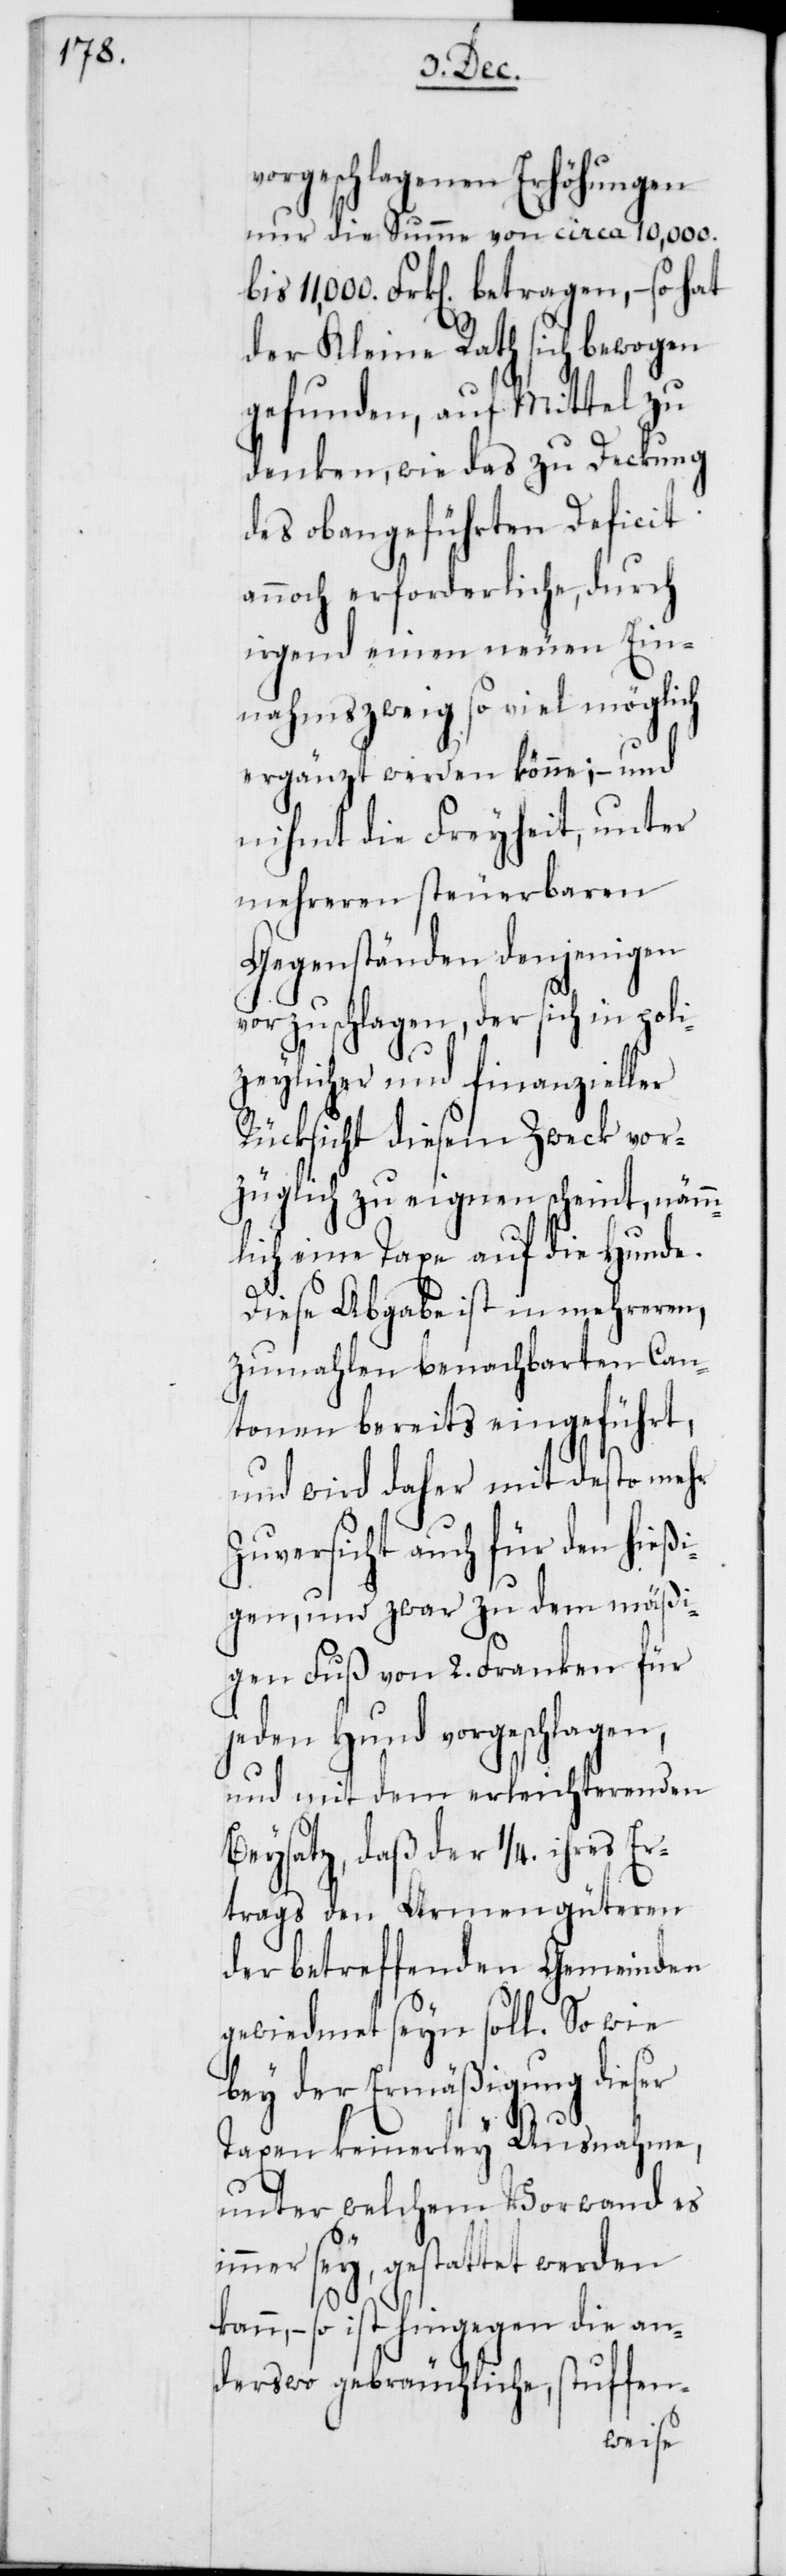
vorgeschlagenen Erhöhungen
nur die Summe von circa 10,000.
11,000. Frk[en] betragen, – so hat
der Kleine Rath sich bewogen
gefunden, auf Mittel zu
denken, wie das zu Deckung
des obangeführten Deficit
annoch erforderliche, durch
irgend einen neuen Ein¬
nahmszweig so viel möglich
ergänzt werden könne; – und
nihmt die Freyheit, unter
mehreren steuerbaren
Gegenständen denjenigen
vorzuschlagen, der sich in poli¬
zeylicher und finanzieller
Rücksicht diesem Zweck vor¬
züglich zu eignen scheint, nämm¬
lich eine Taxe auf die Hunde.
Diese Abgabe ist in mehreren,
zumahlen benachbarten Can¬
tonen bereits eingeführt,
und wird daher mit desto mehr
Zuversicht auch für den hießi¬
gen, und zwar zu dem mäßi¬
gen Fuß von 2. Franken für
jeden Hund vorgeschlagen,
und mit dem erleichterenden
Beysatz, daß der 1/4. ihres Er¬
trags den Armengüteren
der betreffenden Gemeinden
gewiedmet seyn soll. So wie
bey der Ermäßigung dieser
Taxen keinerley Ausnahme,
unter welchem Vorwand es
immer sey, gestattet werden k¬
ann, – so ist hingegen die an¬
derswo gebräuchliche, stuffen-